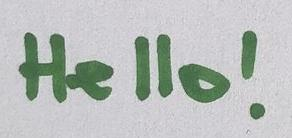
Hello!